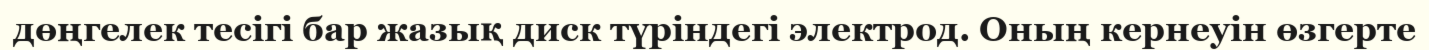
дөңгелек тесігі бар жазық диск түріндегі электрод. Оның кернеуін өзгерте